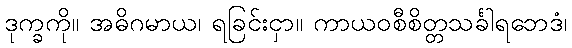
ဒုက္ခကို။ အဓိဂမာယ၊ ရခြင်းငှာ။ ကာယဝစီစိတ္တသင်္ခါရဘေဒံ၊